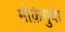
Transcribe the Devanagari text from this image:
मोक़ेगुवा